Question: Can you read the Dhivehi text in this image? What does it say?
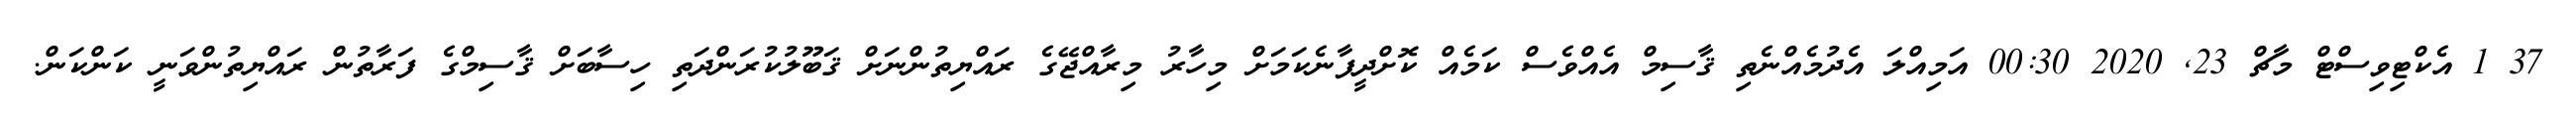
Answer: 37 1 އެކްޓިވިސްޓް މާޗް 23, 2020 00:30 އަމިއްލަ އެދުމެއްނެތި ޤާސިމް އެއްވެސް ކަމެއް ކޮށްދީފާނެކަމަށް މިހާރު މިރާއްޖޭގެ ރައްޔިތުންނަށް ޤަބޫލުކުރަންދަތި ހިސާބަށް ޤާސިމްގެ ފަރާތުން ރައްޔިތުންވަނީ ކަންކަން.